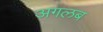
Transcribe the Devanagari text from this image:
अगलब